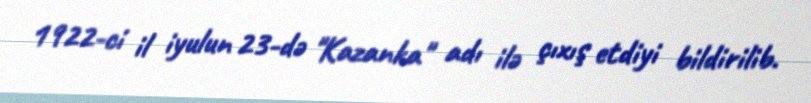
1922-ci il iyulun 23-də "Kazanka" adı ilə çıxış etdiyi bildirilib.